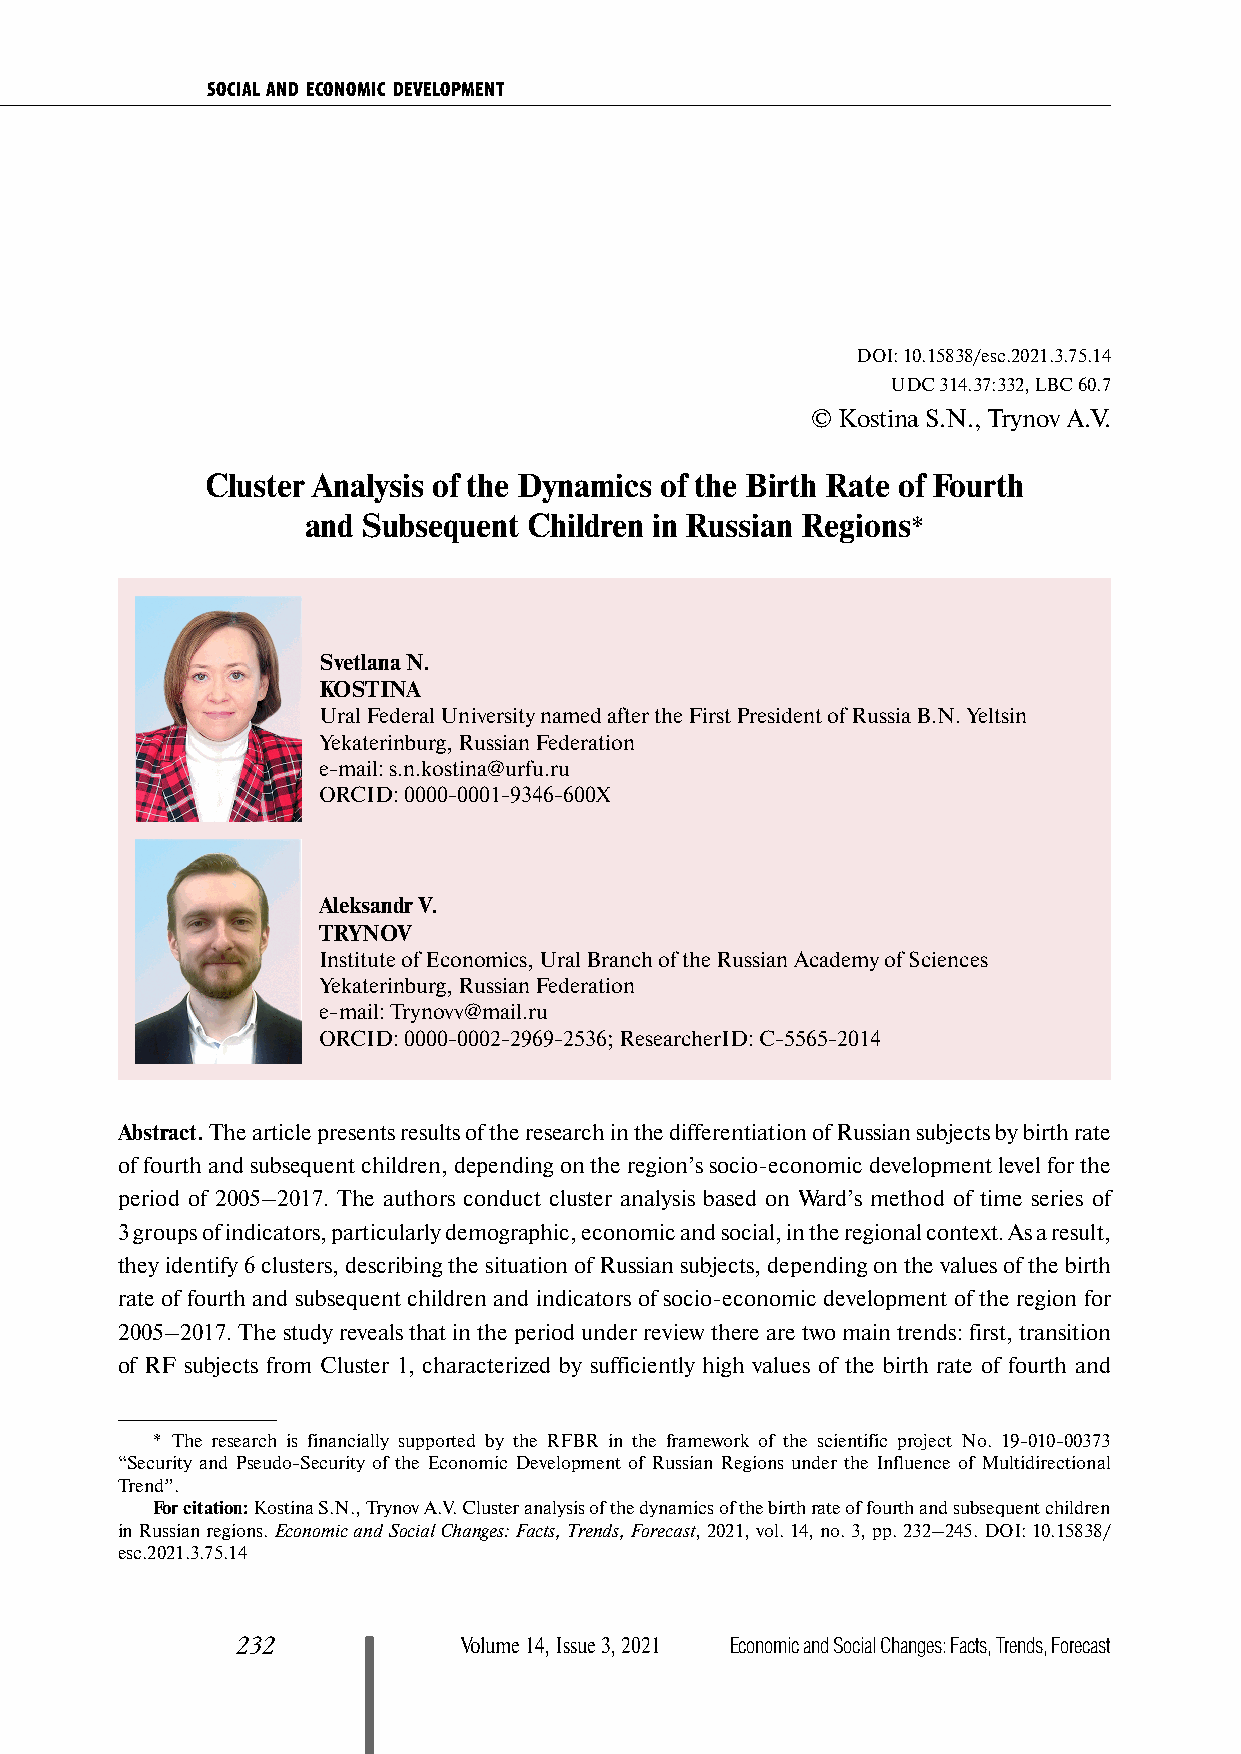
SOCIAL AND ECONOMIC DEVELOPMENT
 DOI: 10.15838/esc.2021.3.75.14
 UDC 314.37:332, LBC 60.7
 © Kostina S.N., Trynov A.V.
 Cluster Analysis of the Dynamics of the Birth Rate of Fourth
 and Subsequent Children in Russian Regions*
 Svetlana N.
 KOSTINA
 Ural Federal University named after the First President of Russia B.N. Yeltsin
 Yekaterinburg, Russian Federation
 e-mail: s.n.kostina@urfu.ru
 ORCID: 0000-0001-9346-600X
 Aleksandr V.
 TRYNOV
 Institute of Economics, Ural Branch of the Russian Academy of Sciences
 Yekaterinburg, Russian Federation
 e-mail: Trynovv@mail.ru
 ORCID: 0000-0002-2969-2536; ResearcherID: C-5565-2014
 Abstract. The article presents results of the research in the differentiation of Russian subjects by birth rate
 of fourth and subsequent children, depending on the region’s socio-economic development level for the
 period of 2005–2017. The authors conduct cluster analysis based on Ward’s method of time series of
 3 groups of indicators, particularly demographic, economic and social, in the regional context. As a result,
 they identify 6 clusters, describing the situation of Russian subjects, depending on the values of the birth
 rate of fourth and subsequent children and indicators of socio-economic development of the region for
 2005–2017. The study reveals that in the period under review there are two main trends: first, transition
 of RF subjects from Cluster 1, characterized by sufficiently high values of the birth rate of fourth and
 * The research is financially supported by the RFBR in the framework of the scientific project No. 19-010-00373
 “Security and Pseudo-Security of the Economic Development of Russian Regions under the Influence of Multidirectional
 Trend”.
 For citation: Kostina S.N., Trynov A.V. Cluster analysis of the dynamics of the birth rate of fourth and subsequent children
 in Russian regions. Economic and Social Changes: Facts, Trends, Forecast, 2021, vol. 14, no. 3, pp. 232–245. DOI: 10.15838/
 esc.2021.3.75.14
 232           Volume 14, Issue 3, 2021 Economic and Social Changes: Facts, Trends, Forecast